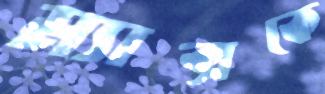
ম্যাক্সকে